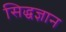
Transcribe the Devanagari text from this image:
सिद्धज्ञान